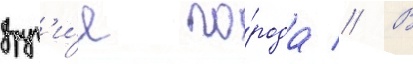
друг'и́е го́рода // В